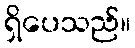
ရှိပေသည်။